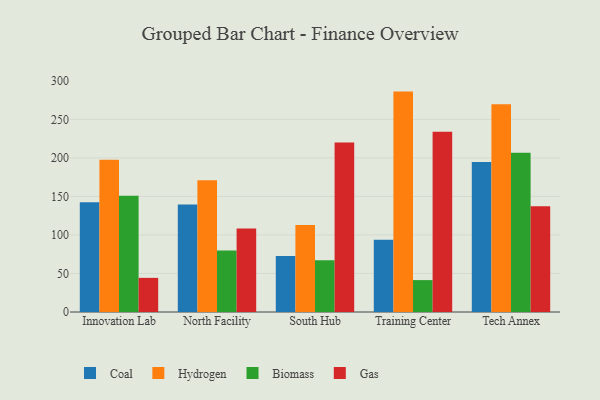
{"axis": {"x": "Campus", "y": "LTV (USD)"}, "legend": ["Biomass", "Coal", "Gas", "Hydrogen"], "data": [{"x": "Innovation Lab", "y": 142.4, "type": "Coal"}, {"x": "Innovation Lab", "y": 197.5, "type": "Hydrogen"}, {"x": "Innovation Lab", "y": 150.8, "type": "Biomass"}, {"x": "Innovation Lab", "y": 44.3, "type": "Gas"}, {"x": "North Facility", "y": 139.5, "type": "Coal"}, {"x": "North Facility", "y": 170.9, "type": "Hydrogen"}, {"x": "North Facility", "y": 79.9, "type": "Biomass"}, {"x": "North Facility", "y": 108.3, "type": "Gas"}, {"x": "South Hub", "y": 72.6, "type": "Coal"}, {"x": "South Hub", "y": 113.0, "type": "Hydrogen"}, {"x": "South Hub", "y": 67.3, "type": "Biomass"}, {"x": "South Hub", "y": 219.8, "type": "Gas"}, {"x": "Training Center", "y": 93.8, "type": "Coal"}, {"x": "Training Center", "y": 286.0, "type": "Hydrogen"}, {"x": "Training Center", "y": 41.4, "type": "Biomass"}, {"x": "Training Center", "y": 233.9, "type": "Gas"}, {"x": "Tech Annex", "y": 194.8, "type": "Coal"}, {"x": "Tech Annex", "y": 269.6, "type": "Hydrogen"}, {"x": "Tech Annex", "y": 206.6, "type": "Biomass"}, {"x": "Tech Annex", "y": 137.2, "type": "Gas"}]}